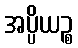
အပ္ပိယဉ္စ